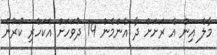
މާލެ އިން އެ ރަށަށް ދާ އެންމެން 14 ދުވަހަށް އެކަހެރި ކުރުން